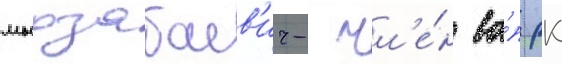
мырзабаев'ич- чл'е́н ва́п рк